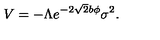
V = - \Lambda e ^ { - 2 \sqrt { 2 } b \phi } \sigma ^ { 2 } .